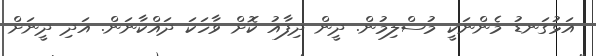
އަޅުގަނޑު މެންނަކީ މުސްލިމުން. ދީން ދިފާއު ކޮށް ވާހަކަ ދައްކާނަން. އަދި ދީނަށް